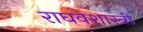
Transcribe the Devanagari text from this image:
राघवशास्त्री